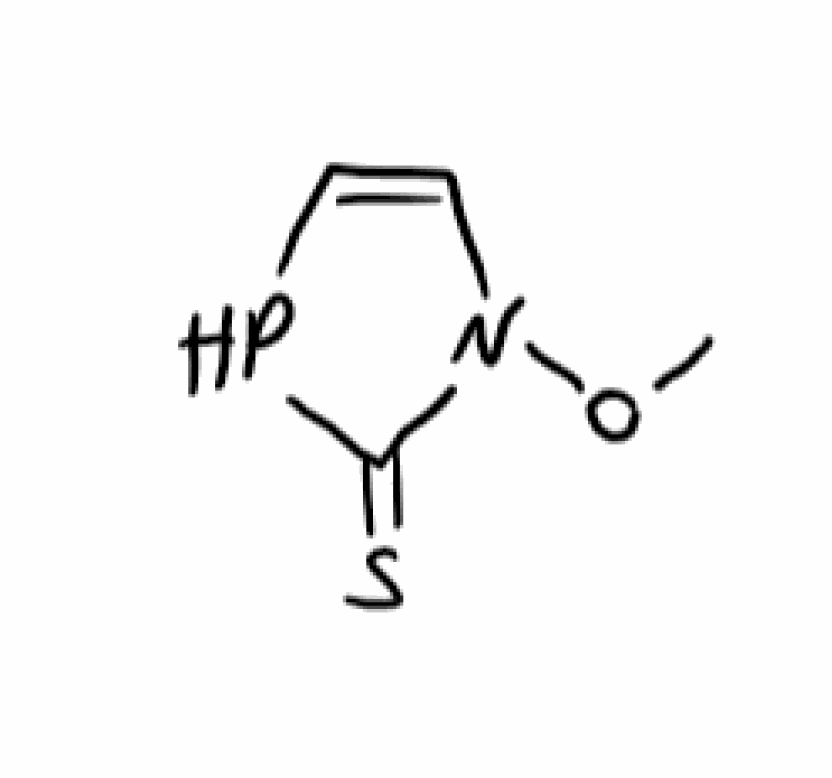
Simplified molecular-input line-entry system (SMILES) notation of the given molecule:
CON1C=CPC1=S